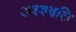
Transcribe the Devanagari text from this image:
अश्ववति